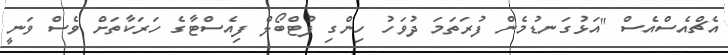
އެޗްއެސްއެސް "އަޅުގަނޑުމެން ފުރަތަމަ ދުވަހު ހިންގި ފުޓްބޯލް ފިއެސްޓާގެ ހަރަކާތަށް ވެސް ވަނީ